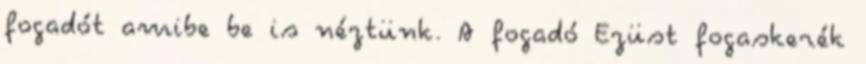
fogadót amibe be is néztünk. A fogadó Ezüst fogaskerék